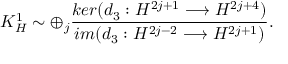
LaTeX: K _ { H } ^ { 1 } \sim \oplus _ { j } \frac { k e r ( d _ { 3 } : H ^ { 2 j + 1 } \longrightarrow H ^ { 2 j + 4 } ) } { i m ( d _ { 3 } : H ^ { 2 j - 2 } \longrightarrow H ^ { 2 j + 1 } ) } .